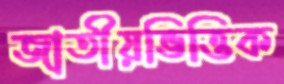
জাতীয়ভিত্তিক